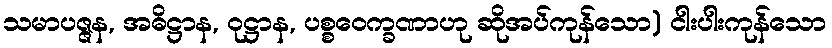
သမာပဇ္ဇန, အဓိဋ္ဌာန, ဝုဋ္ဌာန, ပစ္စဝေက္ခဏာဟု ဆိုအပ်ကုန်သော) ငါးပါးကုန်သော